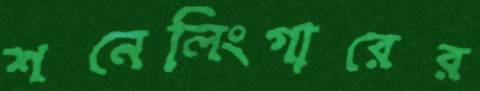
শনেলিংগারের